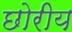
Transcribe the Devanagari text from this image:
छोरीय